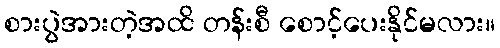
စားပွဲအားတဲ့အထိ တန်းစီ စောင့်ပေးနိုင်မလား။